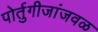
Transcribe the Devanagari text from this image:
पोर्तुगीजांजवळ